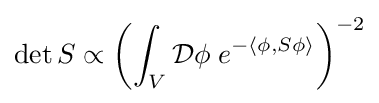
\det S\propto \left(\int _{V}{\mathcal {D}}\phi \;e^{-\langle \phi ,S\phi \rangle }\right)^{-2}